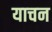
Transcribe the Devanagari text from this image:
याचन